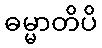
ဓမ္မာတိပိ